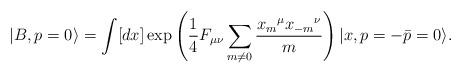
LaTeX: \begin{align*}|B, p=0\rangle=\int [dx] \exp\left({1\over 4}F_{\mu\nu}\sum_{m\neq 0} {{x_m}^{\mu}{x_{-m}}^{\nu} \over m}\right) |x, p=-\bar{p}=0\rangle. \end{align*}